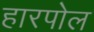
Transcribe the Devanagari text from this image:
हारपोल